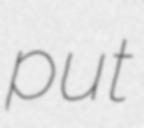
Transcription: put